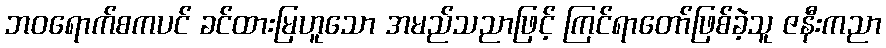
ဘဝရောက်စကပင် ခင်ထားမြဟူသော အမည်သညာဖြင့် ကြင်ရာတော်ဖြစ်ခဲ့သူ ဇနီးကညာ